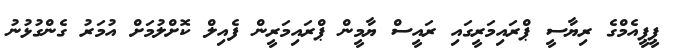
ޕީޕީއެމްގެ ރިޔާސީ ޕްރައިމަރީގައި ރައީސް ޔާމީން ޕްރައިމަރީން ފެއިލް ކޮށްލުމަށް އުމަރު ގެންގުޅުނު